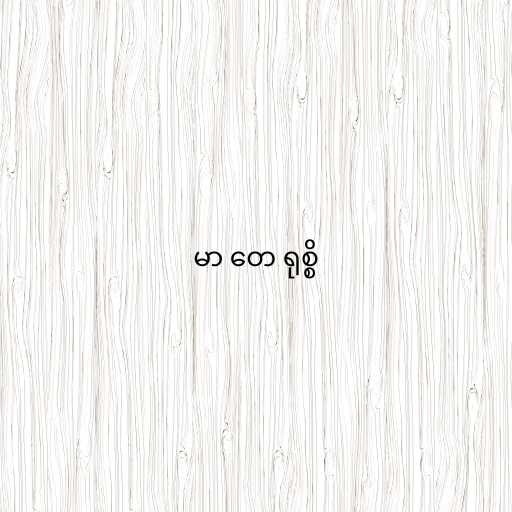
မာ တေ ရုစ္စိ